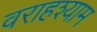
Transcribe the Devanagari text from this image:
वराहश्याम